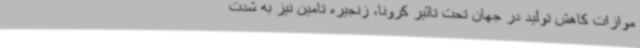
موازات کاهش تولید در جهان تحت تاثیر کرونا، زنجیره تامین نیز به شدت